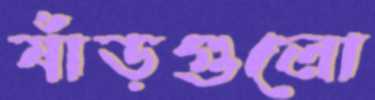
ষাঁড়গুলো